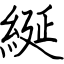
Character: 綖